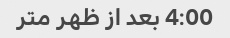
4:00 بعد از ظهر متر